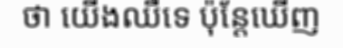
ថា យើងឈឺទេ ប៉ុន្តែឃើញ